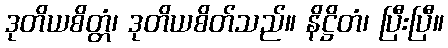
ဒုတိယစိတ္တံ၊ ဒုတိယစိတ်သည်။ နိဋ္ဌိတံ၊ ပြီးပြီ။